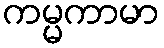
ကမ္မကာမာ